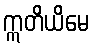
ဣတိယိမေ